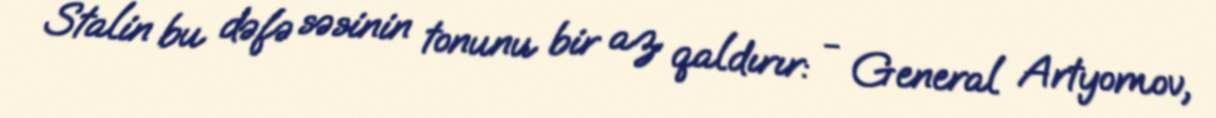
Stalin bu dəfə səsinin tonunu bir az qaldırır: - General Artyomov,